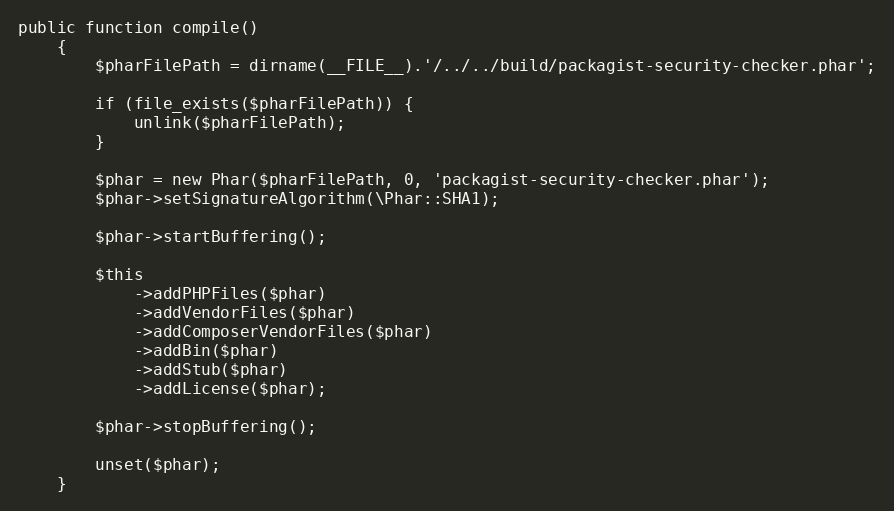
Language: PHP
public function compile()
    {
        $pharFilePath = dirname(__FILE__).'/../../build/packagist-security-checker.phar';

        if (file_exists($pharFilePath)) {
            unlink($pharFilePath);
        }

        $phar = new Phar($pharFilePath, 0, 'packagist-security-checker.phar');
        $phar->setSignatureAlgorithm(\Phar::SHA1);

        $phar->startBuffering();

        $this
            ->addPHPFiles($phar)
            ->addVendorFiles($phar)
            ->addComposerVendorFiles($phar)
            ->addBin($phar)
            ->addStub($phar)
            ->addLicense($phar);

        $phar->stopBuffering();

        unset($phar);
    }